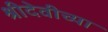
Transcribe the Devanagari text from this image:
श्रीदेवीच्या